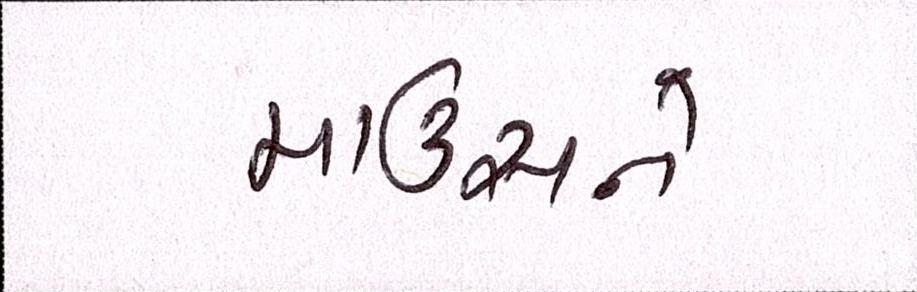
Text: માઉસને